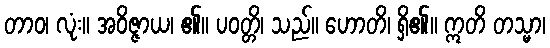
တာဝ၊ လုံး။ အဝိဇ္ဇာယ၊ ၏။ ပဝတ္တိ၊ သည်။ ဟောတိ၊ ရှိ၏။ ဣတိ တသ္မာ၊